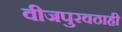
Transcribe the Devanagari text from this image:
वीजपुरवठाही